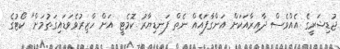
ޖުޑިޝަރީގެ އެއްވެސް ދާއިރާއަކަށް އަންގާފައެއް ނެތް ފަނޑިޔާރު ކޮމެޓީ އަށް ހާޒިރުވެވަޑައިގަތުމަށް" ކޯޓުގެ